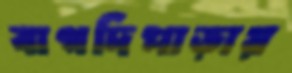
বাগদিপাড়ায়